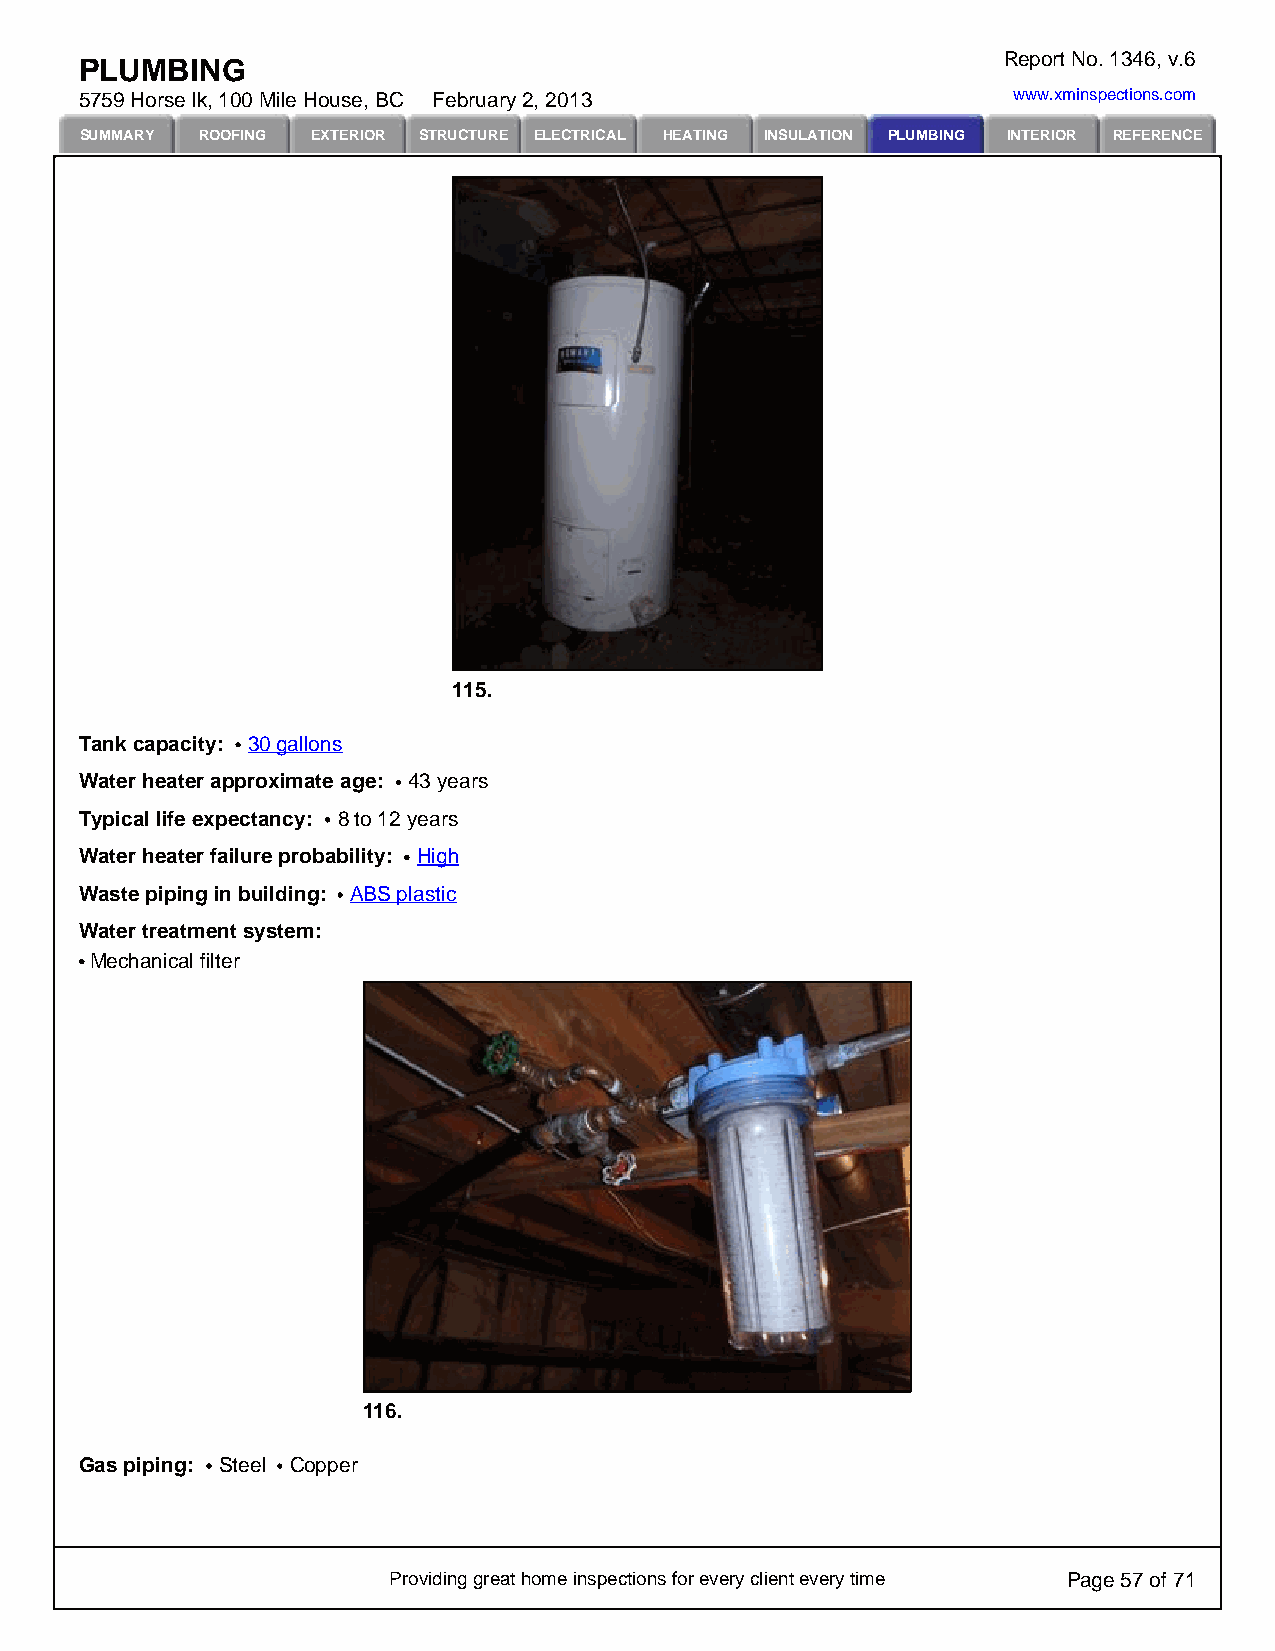
Report No. 1346, v.6
 PLUMBING
 5759 Horse lk, 100 Mile House, BC February 2, 2013            www.xminspections.com
 SUMMARY ROOFING EXTERIOR STRUCTURE ELECTRICAL HEATING INSULATION PLUMBING INTERIOR REFERENCE
 115.
 Tank capacity: 30 gallons
 Water heater approximate age: 43 years
 Typical life expectancy: 8 to 12 years
 Water heater failure probability: High
 Waste piping in building: ABS plastic
 Water treatment system:
 Mechanical filter
 116.
 Gas piping: Steel Copper
 Providing great home inspections for every client every time Page 57 of 71